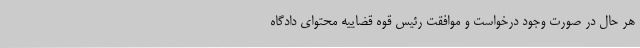
هر حال در صورت وجود درخواست و موافقت رئیس قوه قضاییه محتوای دادگاه